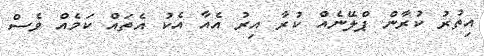
އިތުރު ކުރާން ޕްލޭނެއް ކުރާ އިރު އެއާ އެކު އެތައް ކަމެއް ވެސް